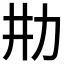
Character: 𰅉